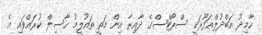
ހާމިދު އަބްދުލްޣަފޫރަކީ ސްޕޯޓްސްގެ ދާއިރާ އިން މަތީ ތައުލީމު ހާސިލް ކުރައްވައި އެ